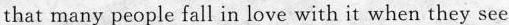
that many people fall in love with it when they see